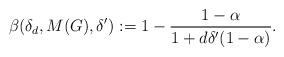
LaTeX: \begin{align*}\beta(\delta_d, M(G), \delta^{\prime}):= 1 - \frac{1 - \alpha}{1 + d\delta'(1 - \alpha)}.\end{align*}